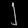
Digit: ၂